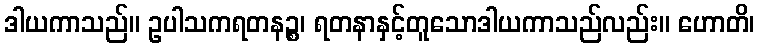
ဒါယကာသည်။ ဥပါသကရတနဉ္စ၊ ရတနာနှင့်တူသောဒါယကာသည်လည်း။ ဟောတိ၊